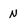
Character: N